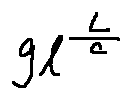
g l ^ { \frac { L } { c } }